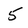
Character: 5